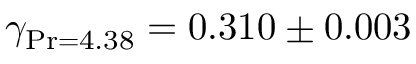
\gamma _ { \operatorname* { P r } = 4 . 3 8 } = 0 . 3 1 0 \pm 0 . 0 0 3